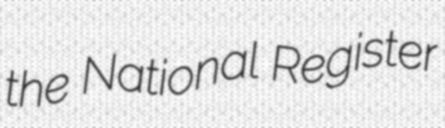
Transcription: the National Register